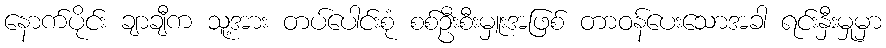
နောက်ပိုင်း ချာချီက သူ့အား တပ်ပေါင်းစုံ စစ်ဦးစီးမှူးအဖြစ် တာဝန်ပေးသောအခါ ရင်းနှီးမှုမှာ